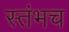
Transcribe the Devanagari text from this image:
स्तंभच